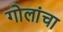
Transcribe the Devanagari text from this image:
गोलांचा